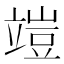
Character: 𥪪